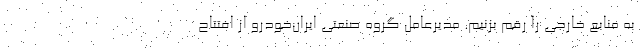
به منابع خارجی را رقم بزنیم. مدیرعامل گروه صنعتی ایران‌خودرو از افتتاح